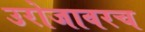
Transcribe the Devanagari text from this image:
उरोजावरच